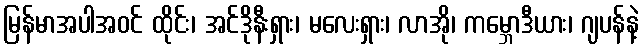
မြန်မာအပါအဝင် ထိုင်း၊ အင်ဒိုနီးရှား၊ မလေးရှား၊ လာအို၊ ကမ္ဘောဒီယား၊ ဂျပန်နဲ့